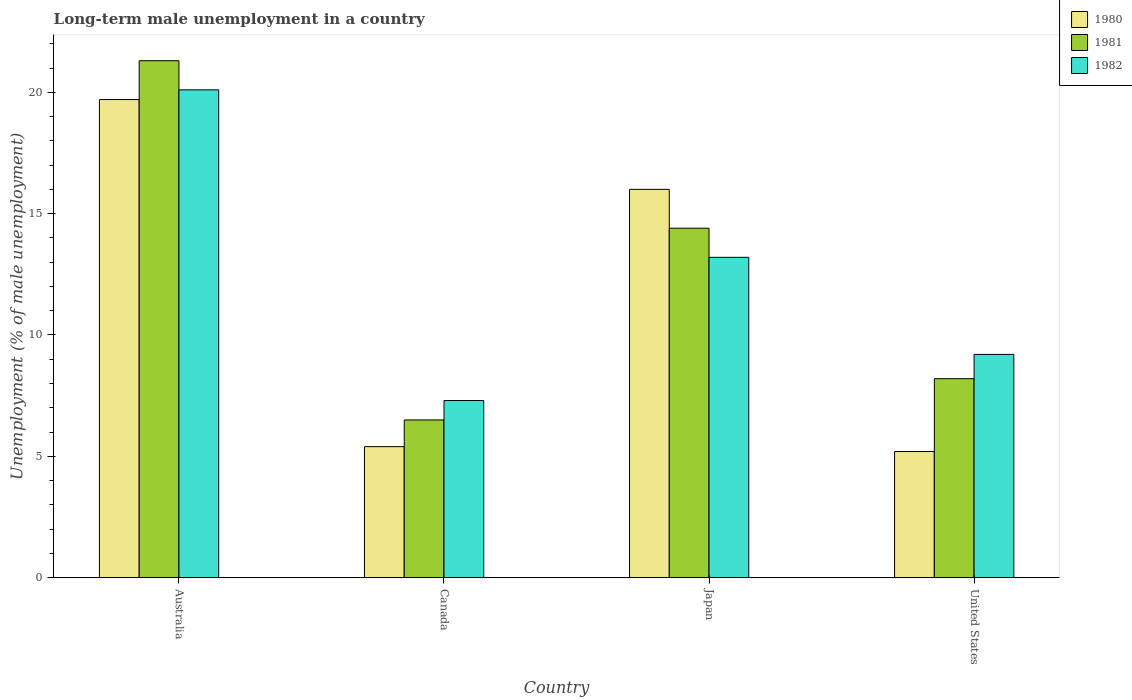
| Country | 1980 | 1981 | 1982 |
 | --- | --- | --- | --- |
 | Australia | 19.7 | 21.3 | 20.1 |
 | Canada | 5.4 | 6.5 | 7.3 |
 | Japan | 16 | 14.4 | 13.2 |
 | United States | 5.2 | 8.2 | 9.2 |